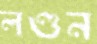
লণ্ডন